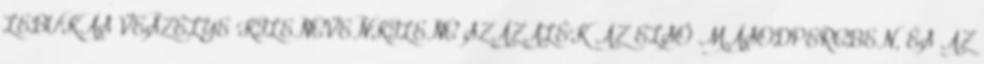
LEBUKÁS VESZÉLYE KILENCVENKILENC SZÁZALÉK AZ ELSŐ MÁSODPERCBEN, ÉS AZ